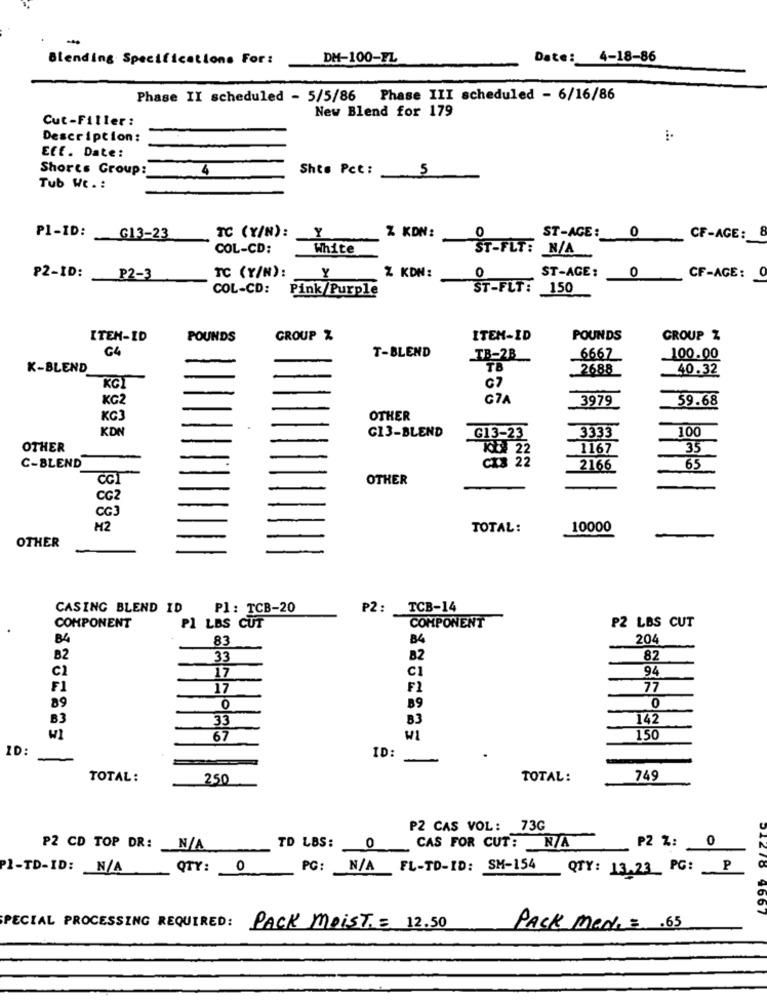
-
Blending Specifications For:
DM-100-FL
Date: 4-18-86
Phase II scheduled - 5/5/86 Phase III scheduled - 6/16/86
New Blend for 179
Cut-Filler:
Description:
Eff. Date:
Shorts Group:
4
Shte Pct:
5
Tub We .:
TC (Y/N):
0
PI-ID:
G13-23
Z KDN:
0
ST-AGE:
CF-AGE: 8
COL-CD:
White
ST-FLT: N/A
Y
O
ST-AGE:
0
PZ-ID: P2-3
TC (Y/N):
Z KDN:
CF-AGE:
COL-CD:
Pink/Purple
ST-FLT: 150
ITEM-ID
POUNDS
GROUP %
ITEM-ID
POUNDS
GROUP Z
G4
T-BLEND
TB-2B
6667
100.00
K-BLEND
TB
. 2688
40.32
KGI
G7
KG2
G7A
3979
59.68
KC3
OTHER
KON
G13-BLEND
100
G13-23
3333
OTHER
1167
35
. 33
C-BLEND
2166
65
CC
OTHER
-
CG2
CG:
M2
TOTAL:
10000
OTHER
CASING BLEND ID
Pl : TCB-20
P2: TCB-14
COMPONENT
P2 LBS CUT
COMPONENT
P1 LBS CUT
84
83
84
204
B2
33
B2
82
C1
CI
94
17
F1
17
₣1
77
0
89
0
89
B3
33
B3
142
w1
67
WI
150
ID:
ID:
TOTAL:
250
TOTAL:
749
P2 CAS VOL: 73G
P2 Z:
0
P2 CD TOP DR: N/A
TD LBS: 0
CAS FOR CUT: N/A
QTY: 0
PC: N/A FL-TO-ID: SM-154
QTY: 13.23 PG: P
9667
SPECIAL PROCESSING REQUIRED: PACK MoisT. = 12.50
PACK mene = . 65